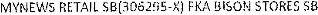
MYNEWS RETAIL SB(306295-X) FKA BISON STORES SB